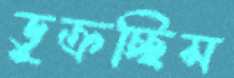
ডুক্‌রচ্ছিস